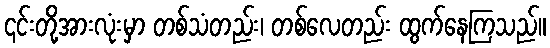
၎င်းတို့အားလုံးမှာ တစ်သံတည်း၊ တစ်လေတည်း ထွက်နေကြသည်။